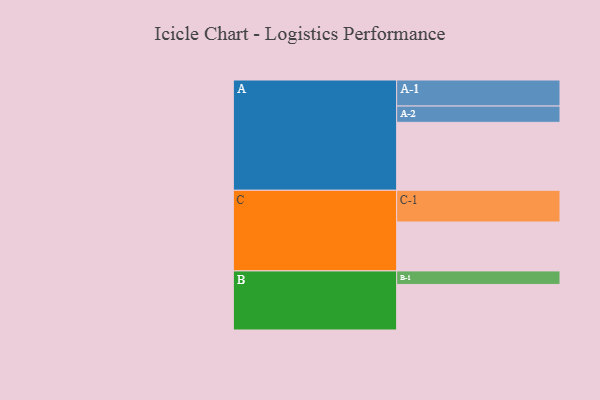
{"axis": {"x": "Segment", "y": "Value"}, "legend": ["", "A", "B", "C"], "data": [{"x": "A", "y": 564, "type": ""}, {"x": "B", "y": 378, "type": ""}, {"x": "C", "y": 406, "type": ""}, {"x": "A-1", "y": 216, "type": "A"}, {"x": "A-2", "y": 135, "type": "A"}, {"x": "B-1", "y": 112, "type": "B"}, {"x": "C-1", "y": 263, "type": "C"}]}